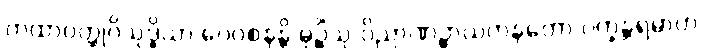
ကထာဝတ္ထုဝိသုဒ္ဓိယာ ဝေဝစနန္တိ မုဉ္စိံသု ဝိညာဏဉ္စာယတနတော ပက္ခန္တရမာဟ